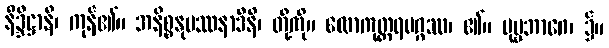
နိဒ္ဒိဋ္ဌာနိ၊ ကုန်၏။ အနိစ္စနုပဿနာဒီနိ၊ တို့ကို။ လောကုတ္တရမဂ္ဂဿ၊ ၏။ ပုဗ္ဗဘာဂေ၊ ၌။